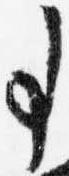
事